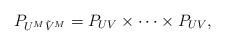
LaTeX: \begin{align*}P_{U^M\tilde{V}^M}=P_{UV}\times\dots\times P_{UV},\end{align*}